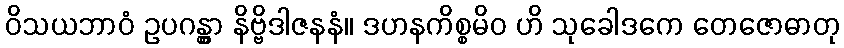
ဝိသယဘာဝံ ဥပဂန္တွာ နိဗ္ဗိဒါဇနနံ။ ဒဟနကိစ္စမိဝ ဟိ သုခေါဒကေ တေဇောဓာတု